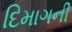
દિમાગની